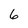
Character: 6